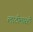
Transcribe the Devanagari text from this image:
लाठीमारही